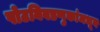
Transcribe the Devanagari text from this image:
पोटनिवडणुकांमधून